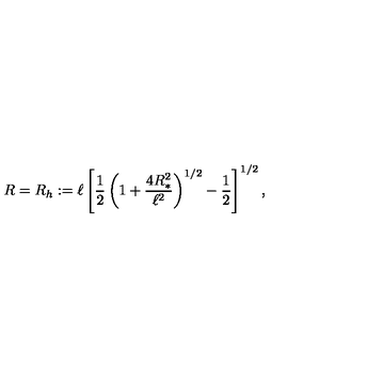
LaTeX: R = R _ { h } : = \ell \left[ \frac { 1 } { 2 } \left( 1 + \frac { 4 R _ { * } ^ { 2 } } { \ell ^ { 2 } } \right) ^ { 1 / 2 } - \frac { 1 } { 2 } \right] ^ { 1 / 2 } ,